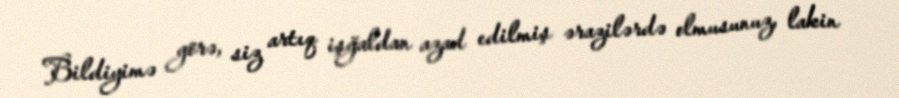
Bildiyimə görə, siz artıq işğaldan azad edilmiş ərazilərdə olmusunuz, lakin